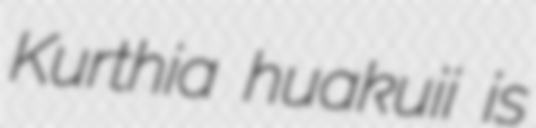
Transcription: Kurthia huakuii is